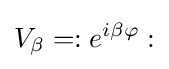
V_{\beta }=:e^{i\beta \varphi }: